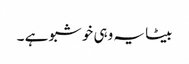
بیٹا یہ وہی خوشبو ہے ۔